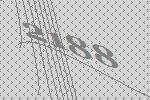
2188